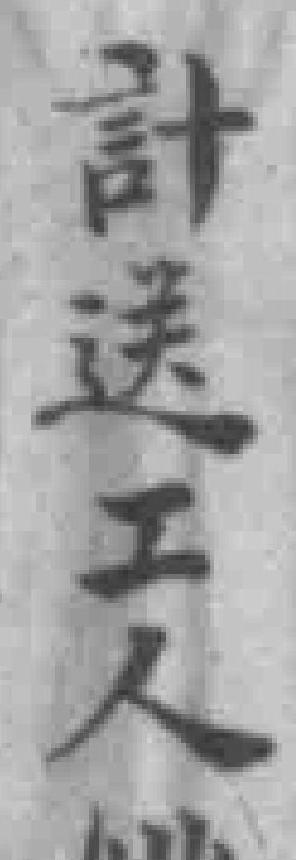
計送工人